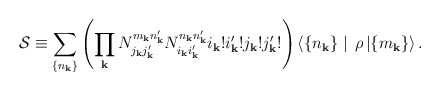
\begin{align*}{\cal S} \equiv \sum_{\{ n_{\bf k} \}} \left( \prod_{\bf k} N_{j_{\bf k} j_{\bf k}'}^{m_{\bf k} n_{\bf k}'} N_{i_{\bf k} i_{\bf k}'}^{n_{\bf k} n_{\bf k}'} i_{\bf k} ! i_{\bf k}' ! j_{\bf k} ! j_{\bf k}' ! \right) \langle \{ n_{\bf k} \} \mid \, \rho \, | \{ m_{\bf k} \} \rangle \, . \end{align*}